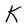
Character: K